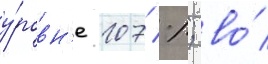
у́ровн'е 107 %; во́